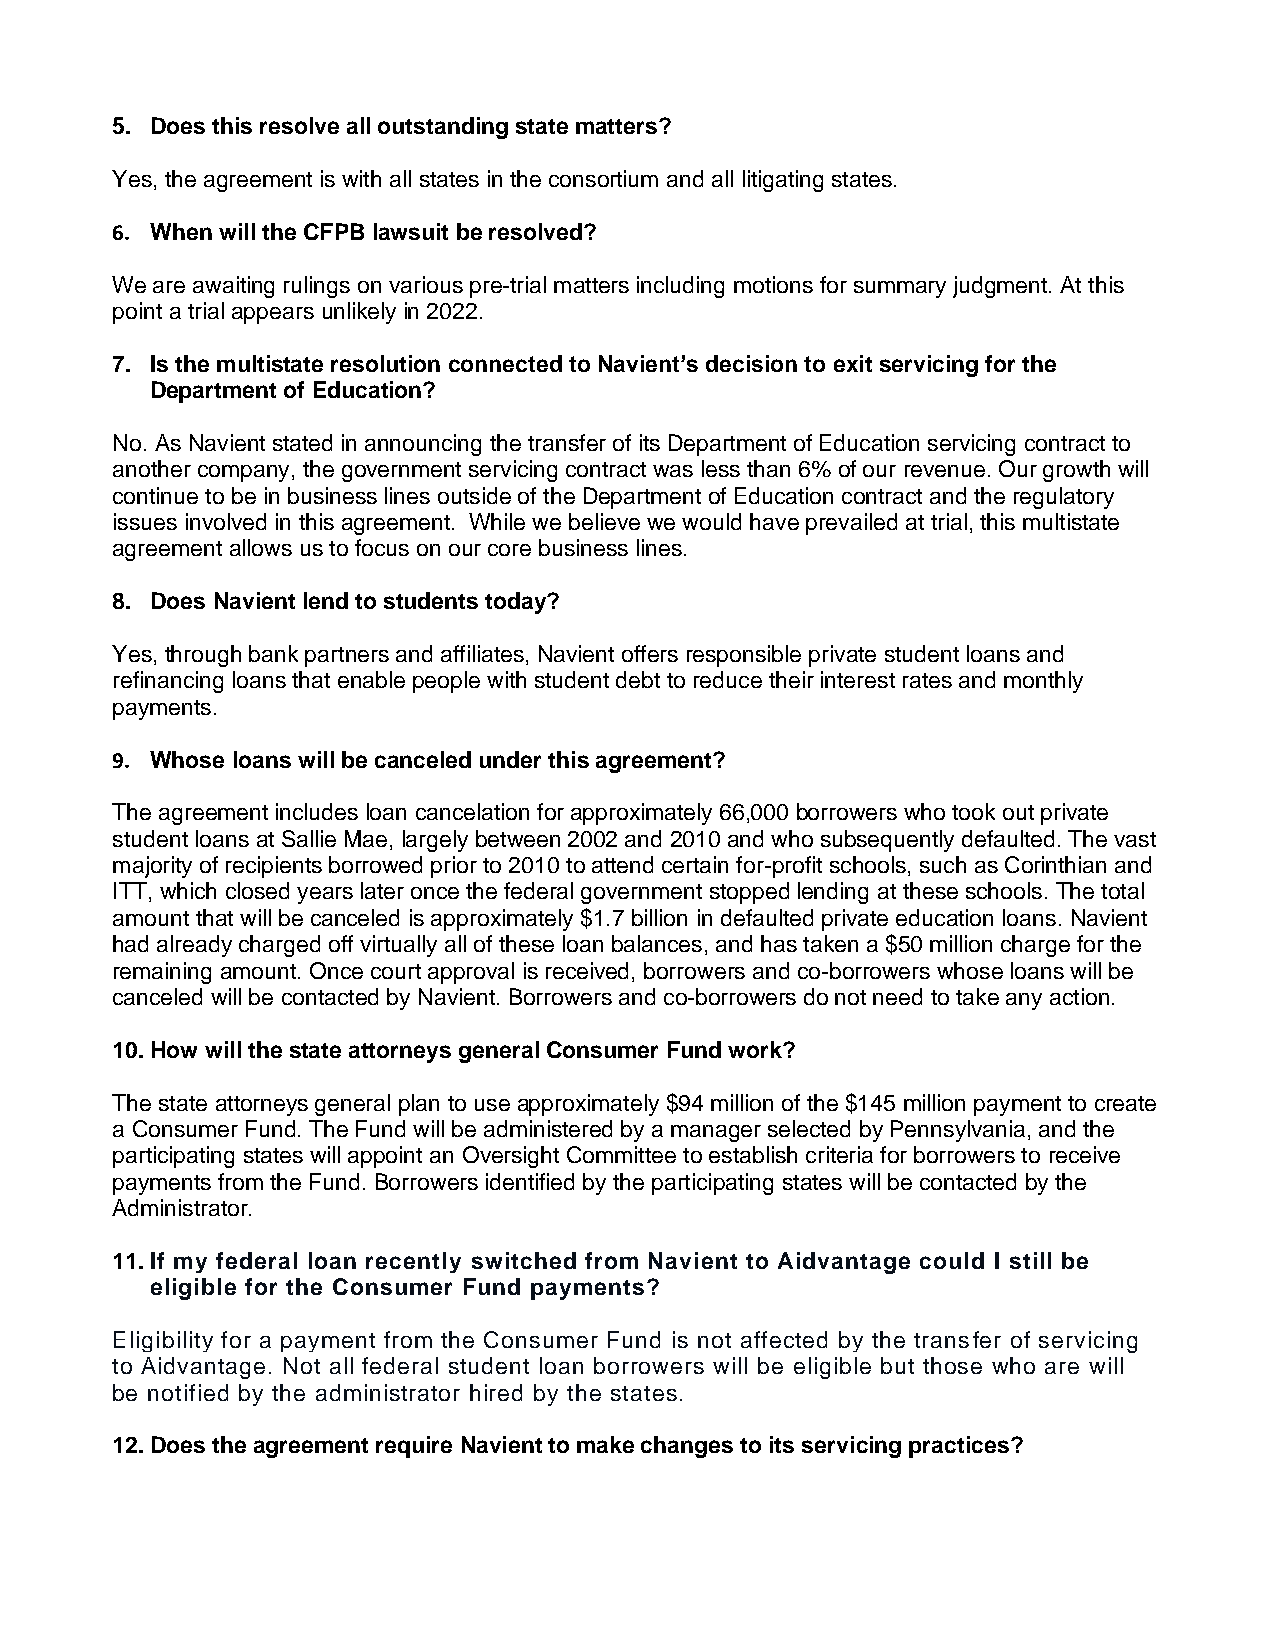
5. Does this resolve all outstanding state matters?
 Yes, the agreement is with all states in the consortium and all litigating states.
 6. When will the CFPB lawsuit be resolved?
 We are awaiting rulings on various pre-trial matters including motions for summary judgment. At this
 point a trial appears unlikely in 2022.
 7. Is the multistate resolution connected to Navient’s decision to exit servicing for the
 Department of Education?
 No. As Navient stated in announcing the transfer of its Department of Education servicing contract to
 another company, the government servicing contract was less than 6% of our revenue. Our growth will
 continue to be in business lines outside of the Department of Education contract and the regulatory
 issues involved in this agreement. While we believe we would have prevailed at trial, this multistate
 agreement allows us to focus on our core business lines.
 8. Does Navient lend to students today?
 Yes, through bank partners and affiliates, Navient offers responsible private student loans and
 refinancing loans that enable people with student debt to reduce their interest rates and monthly
 payments.
 9. Whose loans will be canceled under this agreement?
 The agreement includes loan cancelation for approximately 66,000 borrowers who took out private
 student loans at Sallie Mae, largely between 2002 and 2010 and who subsequently defaulted. The vast
 majority of recipients borrowed prior to 2010 to attend certain for-profit schools, such as Corinthian and
 ITT, which closed years later once the federal government stopped lending at these schools. The total
 amount that will be canceled is approximately $1.7 billion in defaulted private education loans. Navient
 had already charged off virtually all of these loan balances, and has taken a $50 million charge for the
 remaining amount. Once court approval is received, borrowers and co-borrowers whose loans will be
 canceled will be contacted by Navient. Borrowers and co-borrowers do not need to take any action.
 10. How will the state attorneys general Consumer Fund work?
 The state attorneys general plan to use approximately $94 million of the $145 million payment to create
 a Consumer Fund. The Fund will be administered by a manager selected by Pennsylvania, and the
 participating states will appoint an Oversight Committee to establish criteria for borrowers to receive
 payments from the Fund. Borrowers identified by the participating states will be contacted by the
 Administrator.
 11. If my federal loan recently switched from Navient to Aidvantage could I still be
 eligible for the Consumer Fund payments?
 Eligibility for a payment from the Consumer Fund is not affected by the transfer of servicing
 to Aidvantage. Not all federal student loan borrowers will be eligible but those who are will
 be notified by the administrator hired by the states.
 12. Does the agreement require Navient to make changes to its servicing practices?